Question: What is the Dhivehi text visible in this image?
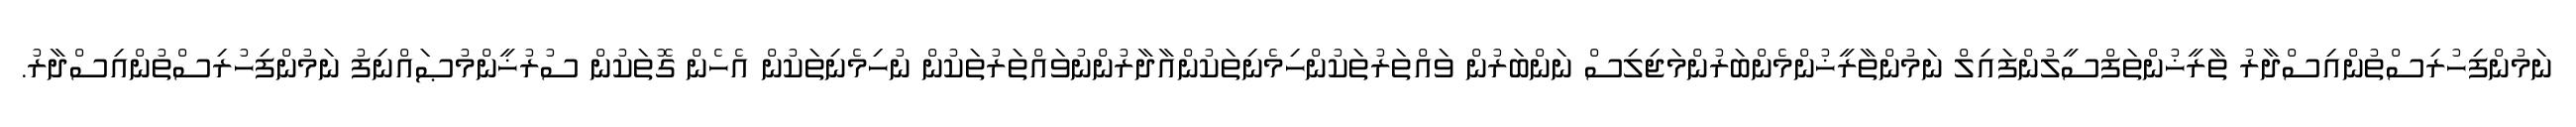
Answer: ނަމުންފިހުރިސްތުންއިސްދާރު ތާރީޚުންތަފްސީލުންފައިލް ނަމުންތާރީޚުންމެންބަރުންމަޖިލިސް ނަންބަރުން ވައްތަރުތަކުންހިމެނިތަކުންއާދާރުންނުވައްތަރުތަކުން ނުހިމެނިތަކުން އެހެން ގޮތަކުން ސުރުޚީންމުޞައްނިފު ނަމުންފިހުރިސްތުންއިސްދާރު.